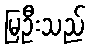
မြဦးသည်